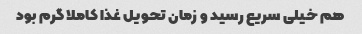
هم خیلی سریع رسید و زمان تحویل غذا کاملا گرم بود